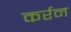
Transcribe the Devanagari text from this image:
कर्रन